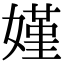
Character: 嫤